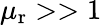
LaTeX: \mu_{\mathrm{r}}>>1